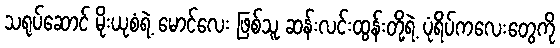
သရုပ်ဆောင် မိုးယုစံရဲ့ မောင်လေး ဖြစ်သူ ဆန်းလင်းထွန်းတို့ရဲ့ ပုံရိပ်ကလေးတွေကို